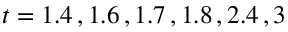
t = 1 . 4 \, , 1 . 6 \, , 1 . 7 \, , 1 . 8 \, , 2 . 4 \, , 3